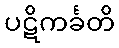
ပဋိကင်္ခတိ